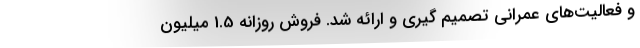
و فعالیت‌های عمرانی تصمیم گیری و ارائه شد. فروش روزانه 1.5 میلیون